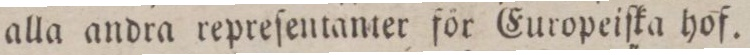
alla andra repreſentanter för Europeiſka hof.